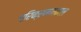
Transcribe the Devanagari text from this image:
परिक्रमणकाल